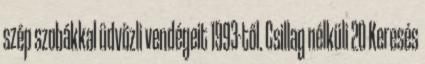
szép szobákkal üdvözli vendégeit 1993-től. Csillag nélküli 20 Keresés